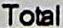
TOTAL